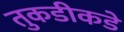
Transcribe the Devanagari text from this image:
तुकडीकडे